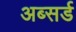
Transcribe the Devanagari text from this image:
अब्सर्ड